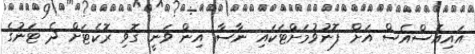
އައިއެސްއެސް އަށް ފޮނުވުމަށްޓަކައި ނާސާ އިން ވަނީ ގޮވި ރޮކެޓަށް ދެ ޓަނުގެ